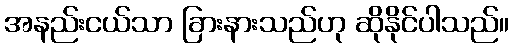
အနည်းငယ်သာ ခြားနားသည်ဟု ဆိုနိုင်ပါသည်။